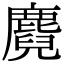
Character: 麑